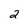
Character: 2